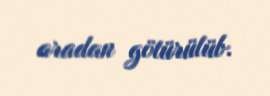
aradan götürülüb.